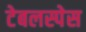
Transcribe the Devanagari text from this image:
टेबलस्पेस